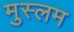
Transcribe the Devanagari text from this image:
मुस्लम